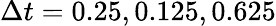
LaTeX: \Delta t=0.25,0.125,0.625